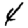
Digit: 4